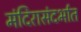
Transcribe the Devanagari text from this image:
मंदिरासंदर्भात